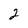
Character: 2